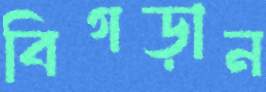
বিগড়ান